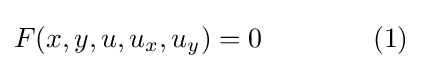
F(x,y,u,u_{x},u_{y})=0\qquad \qquad (1)